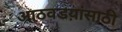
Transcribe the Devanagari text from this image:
आठवडय़ांसाठी